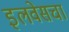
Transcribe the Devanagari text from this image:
इलवेसचा